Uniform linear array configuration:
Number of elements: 64
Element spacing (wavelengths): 0.25
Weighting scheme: blackman
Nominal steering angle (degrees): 45
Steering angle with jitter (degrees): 44.115
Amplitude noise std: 0.05
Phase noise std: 0.05

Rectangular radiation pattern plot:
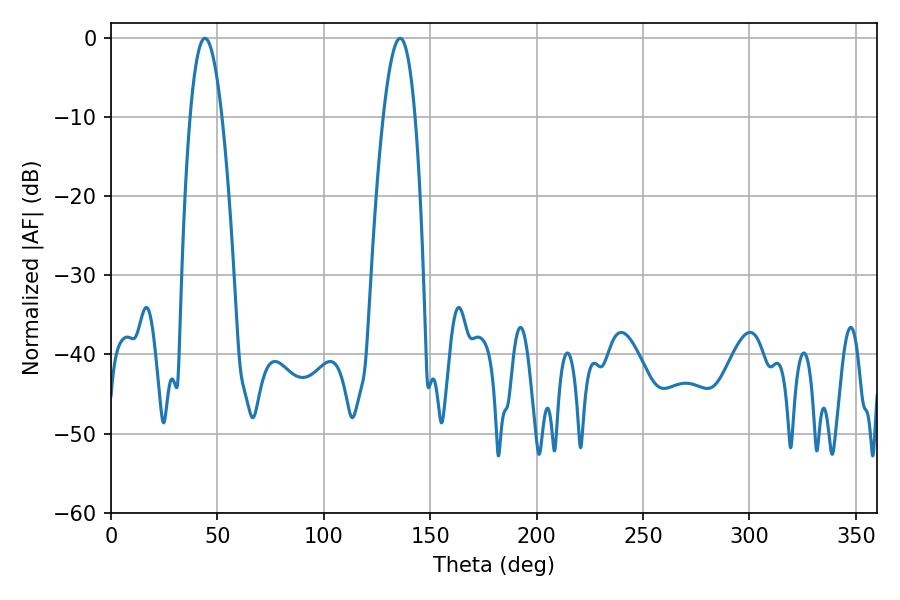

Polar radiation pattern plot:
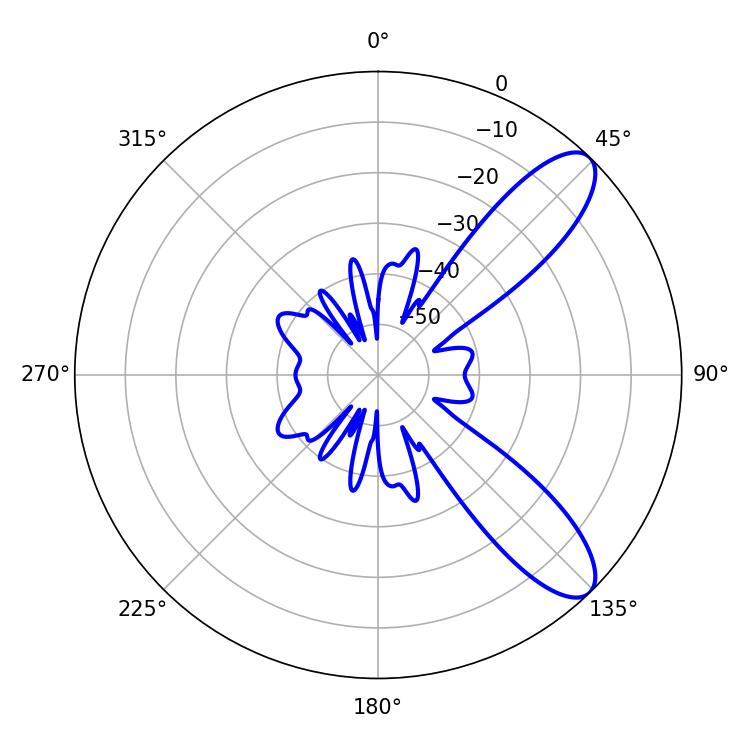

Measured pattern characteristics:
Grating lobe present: FALSE
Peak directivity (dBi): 9.671
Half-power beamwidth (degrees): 8.28
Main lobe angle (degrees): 44.1